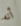
أنه